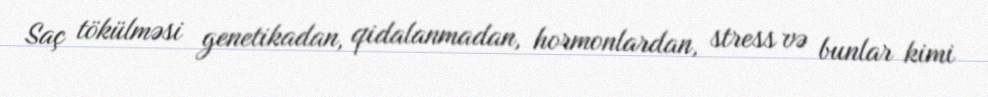
Saç tökülməsi genetikadan, qidalanmadan, hormonlardan, stress və bunlar kimi